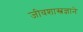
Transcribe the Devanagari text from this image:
जीवशास्त्रज्ञाने